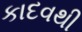
કાદવથી